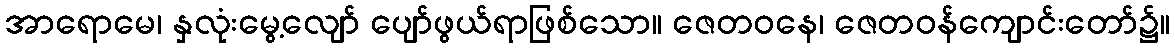
အာရောမေ၊ နှလုံးမွေ့လျော် ပျော်ဖွယ်ရာဖြစ်သော။ ဇေတဝနေ၊ ဇေတဝန်ကျောင်းတော်၌။